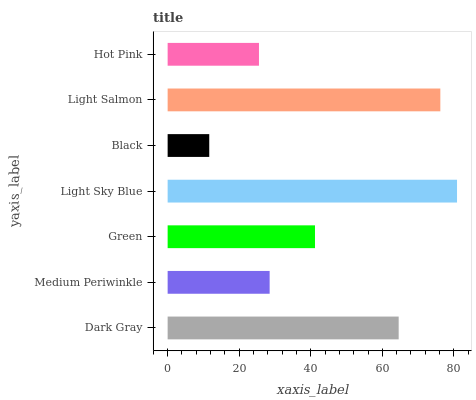
| yaxis_label | bars |
 | --- | --- |
 | Dark Gray | 64.6 |
 | Medium Periwinkle | 28.5 |
 | Green | 41.2 |
 | Light Sky Blue | 80.9 |
 | Black | 11.6 |
 | Light Salmon | 76.2 |
 | Hot Pink | 25.5 |